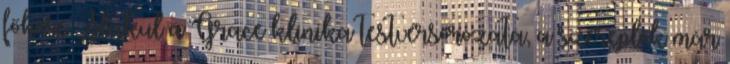
főhőse Alakul a Grace klinika testvérsorozata, a szereplők már